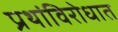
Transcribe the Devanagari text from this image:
प्रथांविरोधात